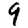
Digit: 9